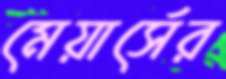
মেয়ার্সের